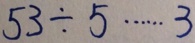
5 3 \div 5 \cdots 3